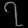
Digit: ၇